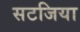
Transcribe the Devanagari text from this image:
सटजिया